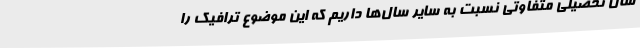
سال تحصیلی متفاوتی نسبت به سایر سال‌ها داریم که این موضوع ترافیک ‌را